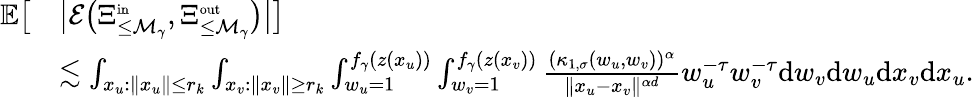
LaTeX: \begin{array}{rl}{\mathbb E\big[}&{\big|{\mathcal E}\big(\Xi_{\le{\mathcal M}_{\gamma}}^{\scriptscriptstyle\mathrm{in}},\Xi_{\le{\mathcal M}_{\gamma}}^{\scriptscriptstyle\mathrm{out}}\big)\big|\big]}\\ &{\lesssim\int_{x_{u}:\| x_{u}\| \le r_{k}}\int_{x_{v}:\| x_{v}\| \ge r_{k}}\int_{w_{u}=1}^{f_{\gamma}(z(x_{u}))}\int_{w_{v}=1}^{f_{\gamma}(z(x_{v}))}\frac{(\kappa_{1,\sigma}(w_{u},w_{v}))^{\alpha}}{\| x_{u}-x_{v}\| ^{\alpha d}}w_{u}^{-\tau}w_{v}^{-\tau}\mathrm{d}w_{v}\mathrm{d}w_{u}\mathrm{d}x_{v}\mathrm{d}x_{u}.}\end{array}